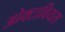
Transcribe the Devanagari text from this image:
ओक्टावियस